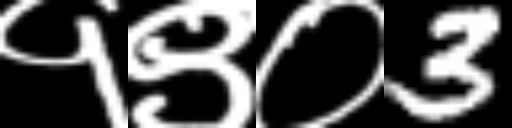
Text: १९०3